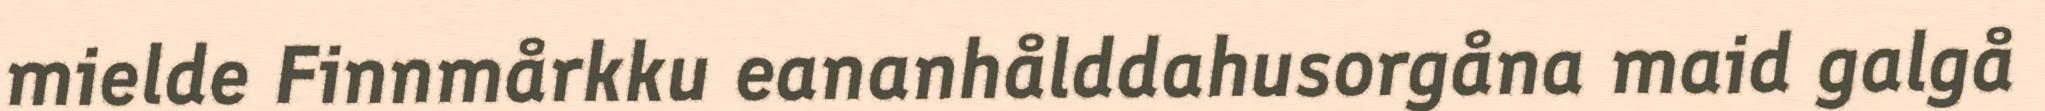
mielde Finnmårkku eananhålddahusorgåna maid galgå